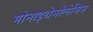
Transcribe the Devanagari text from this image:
मोनाइथेनोलेमिन